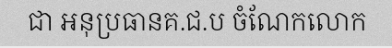
ជា អនុប្រធានគ.ជ.ប ចំណែកលោក